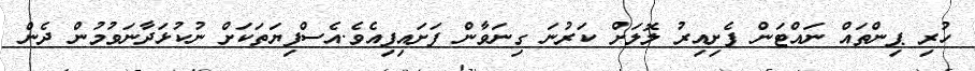
ހުރި ޕިންތައް ނައްޓަން ފެށިއިރު ލޮލަށް ކަރުނަ ގިނަވާން ފަށައިފިއެވެ.އެސްފިޔަތަކަށް ނުކުޅަދާނަވުމުން ދެން